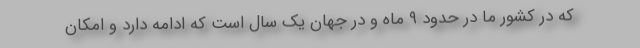
که در کشور ما در حدود ۹ ماه و در جهان یک سال است که ادامه دارد و امکان